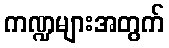
ကဏ္ဍများအတွက်